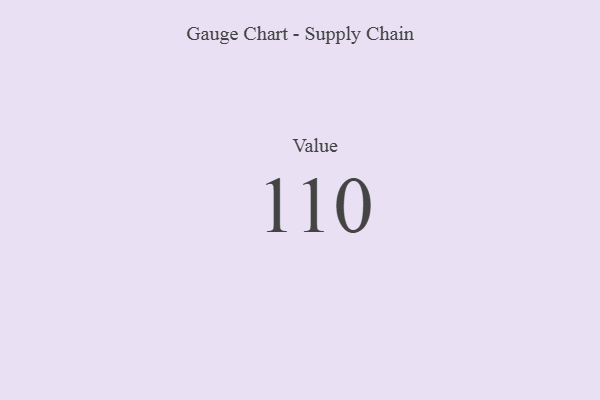
{"axis": {"x": "Metric", "y": "Value"}, "legend": [""], "data": [{"x": "Value", "y": 110, "type": ""}]}